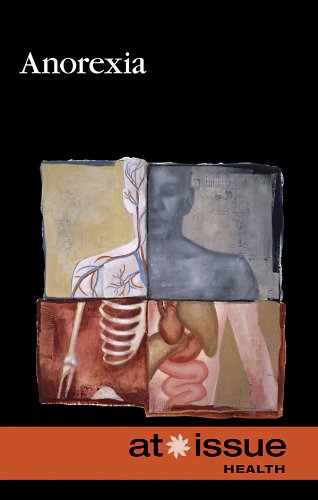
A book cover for Anorexia (At Issue); Stefan Kiesbye; Health, Fitness & Dieting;